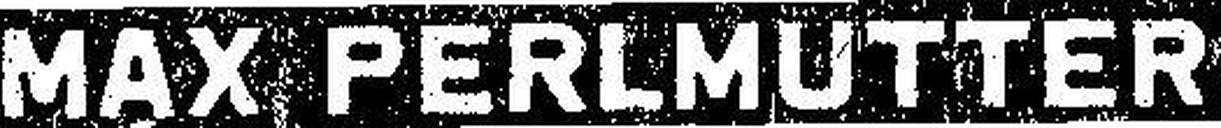
MAX PERLMUTTER